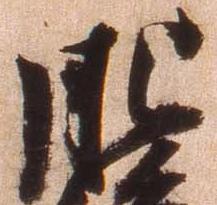
肥